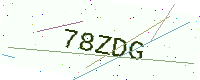
Text: 78ZDG